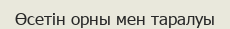
Өсетін орны мен таралуы